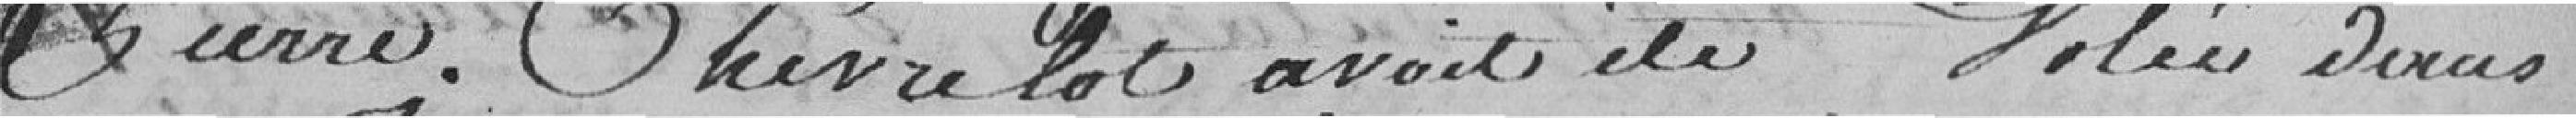
Pierre Chevrelot avait été volée dans son